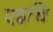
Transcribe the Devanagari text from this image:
एइचि